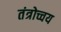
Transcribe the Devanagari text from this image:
तंत्रोच्चय